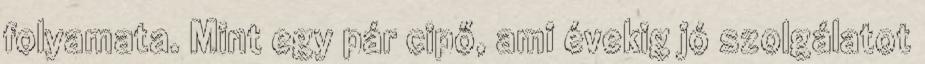
folyamata. Mint egy pár cipő, ami évekig jó szolgálatot